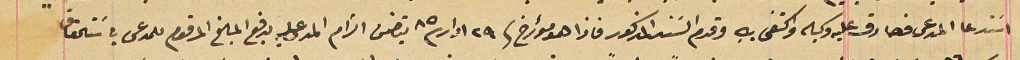
اسَتدعا المدعى فصادق عليه وكيله واكتفى به وقدم السَند المذكور فاذا هو مؤرخ فى ٢٩ ادار /٨٥ يتضمن الزام المدعى عليه بدفع المبلغ المرقوم للمدعى باسَتحقاق